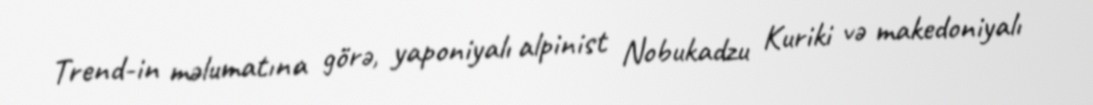
Trend-in məlumatına görə, yaponiyalı alpinist Nobukadzu Kuriki və makedoniyalı